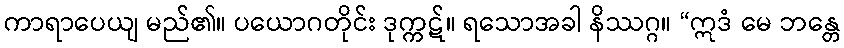
ကာရာပေယျ မည်၏။ ပယောဂတိုင်း ဒုက္ကဋ်။ ရသောအခါ နိဿဂ္ဂ။ “ဣဒံ မေ ဘန္တေ